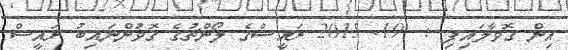
އިން ގޮވާލައިފި :  19